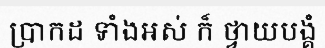
ប្រាកដ ទាំងអស់ ក៏ ថ្វាយបង្គំ